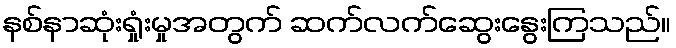
နစ်နာဆုံးရှုံးမှုအတွက် ဆက်လက်ဆွေးနွေးကြသည်။